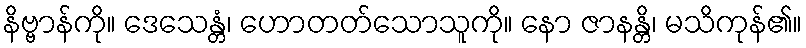
နိဗ္ဗာန်ကို။ ဒေသေန္တံ၊ ဟောတတ်သောသူကို။ နော ဇာနန္တိ၊ မသိကုန်၏။